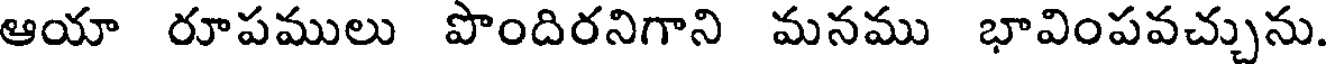
ఆయా రూపములు పొందిరనిగాని మనము భావింపవచ్చును.